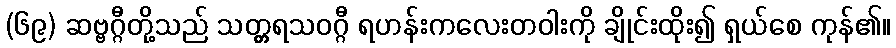
(၆၉) ဆဗ္ဗဂ္ဂီတို့သည် သတ္တ္ကရသဝဂ္ဂီ ရဟန်းကလေးတဝါးကို ချိုင်းထိုး၍ ရှယ်စေ ကုန်၏။